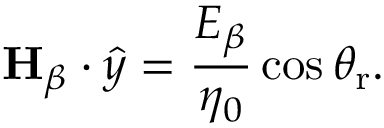
\mathbf { H } _ { \beta } \cdot \hat { y } = \frac { E _ { \beta } } { \eta _ { 0 } } \cos \theta _ { \mathrm { r } } .